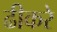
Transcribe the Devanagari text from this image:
ढीकरे